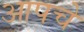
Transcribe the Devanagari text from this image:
आपचे